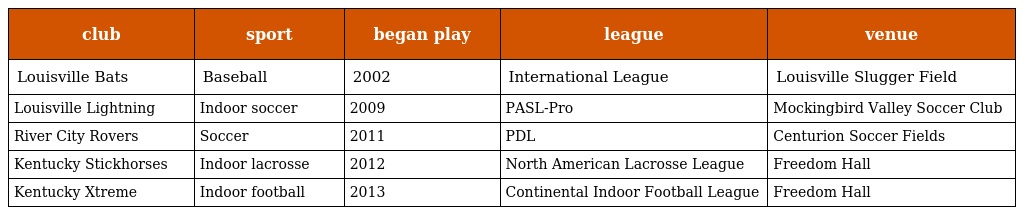
| club | sport | began play | league | venue |
 | --- | --- | --- | --- | --- |
 | Louisville Bats | Baseball | 2002 | International League | Louisville Slugger Field |
 | Louisville Lightning | Indoor soccer | 2009 | PASL-Pro | Mockingbird Valley Soccer Club |
 | River City Rovers | Soccer | 2011 | PDL | Centurion Soccer Fields |
 | Kentucky Stickhorses | Indoor lacrosse | 2012 | North American Lacrosse League | Freedom Hall |
 | Kentucky Xtreme | Indoor football | 2013 | Continental Indoor Football League | Freedom Hall |